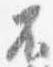
不